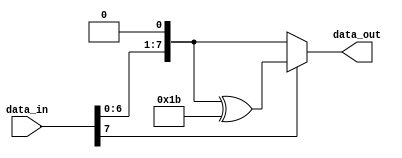
module gmul_2(data_in, data_out);
    input [7:0] data_in;
    output reg [7:0] data_out;

    always @ (*) begin
        if (data_in[7]) begin
            data_out = (data_in << 1) ^ 8'h1B;
        end else begin
            data_out = data_in << 1;
        end
    end
endmodule